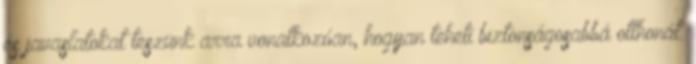
és javaslatokat teszünk arra vonatkozóan, hogyan teheti biztonságosabbá otthonát.